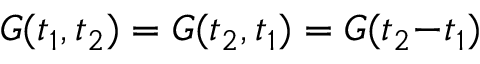
G ( t _ { 1 } , t _ { 2 } ) = G ( t _ { 2 } , t _ { 1 } ) = G ( t _ { 2 } { - } t _ { 1 } )